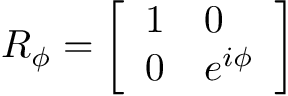
R _ { \phi } = { \left[ \begin{array} { l l } { 1 } & { 0 } \\ { 0 } & { e ^ { i \phi } } \end{array} \right] }